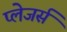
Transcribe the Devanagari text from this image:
प्लेजर्स